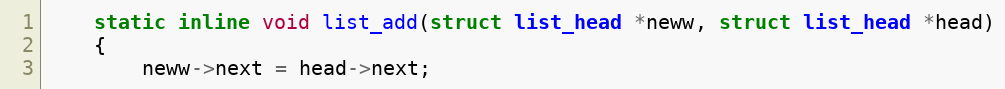
Language: C
	static inline void list_add(struct list_head *neww, struct list_head *head)
	{
		neww->next = head->next;